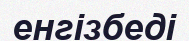
енгізбеді